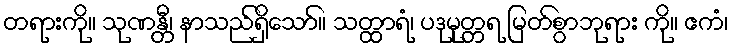
တရားကို။ သုဏန္တီ၊ နာသည်ရှိသော်။ သတ္ထာရံ၊ ပဒုမုတ္တရ မြတ်စွာဘုရား ကို။ ဧကံ၊